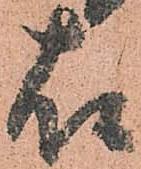
故